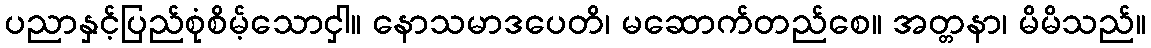
ပညာနှင့်ပြည်စုံစိမ့်သောငှါ။ နောသမာဒပေတိ၊ မဆောက်တည်စေ။ အတ္တနာ၊ မိမိသည်။